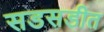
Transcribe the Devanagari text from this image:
सडसडीत